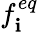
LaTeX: f_{\mathbf{i}}^{eq}